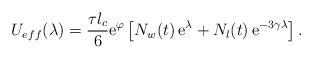
LaTeX: \begin{align*}U_{eff}(\lambda) = \frac{\tau l_c}{6} \mathrm{e}^\varphi \left[ N_w(t)\, \mathrm{e}^\lambda +N_l(t)\, \mathrm{e}^{-3\gamma\lambda} \right].\end{align*}